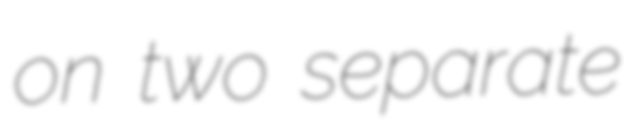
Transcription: on two separate